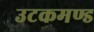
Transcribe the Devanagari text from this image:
उटकमण्ड